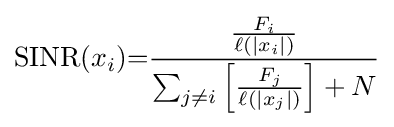
\mathrm {SINR} (x_{i}){=}{\frac {\frac {F_{i}}{\ell (|x_{i}|)}}{\sum _{j\neq i}\left[{\frac {F_{j}}{\ell (|x_{j}|)}}\right]+N}}